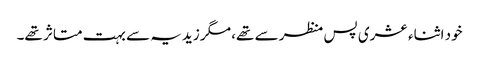
خود اثناء عشری پس منظر سے تھے، مگر زیدیہ سے بہت متاثر تھے۔